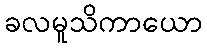
ခလမူသိကာယော